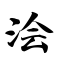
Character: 浍